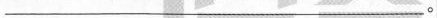
___。